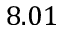
8 . 0 1